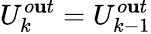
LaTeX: U_{k}^{o\mathbf{u}t}=U_{k-1}^{o\mathbf{u}t}